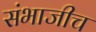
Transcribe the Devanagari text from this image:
संभाजीच